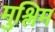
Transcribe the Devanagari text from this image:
मुश्लिम